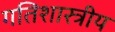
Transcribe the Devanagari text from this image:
गतिशास्त्रीय